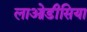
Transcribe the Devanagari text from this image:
लाओडीसिया